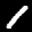
Label: 1